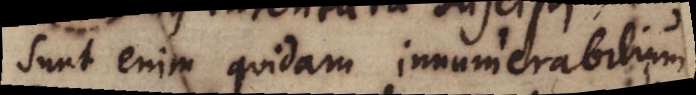
sunt enim quidam innumerabilium